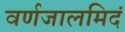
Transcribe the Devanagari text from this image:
वर्णजालमिदं